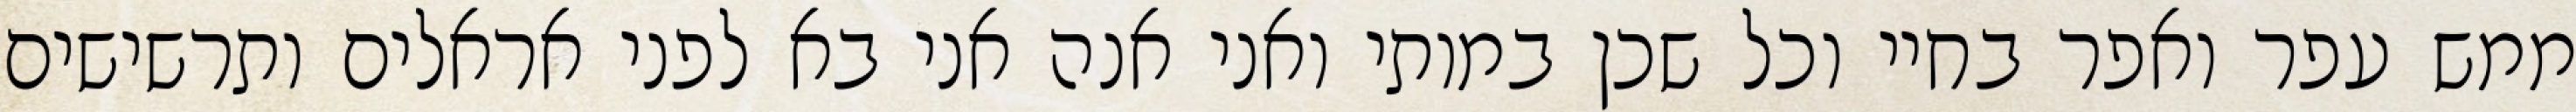
ממש עפר ואפר בחיי וכל שכן במותי ואני אנה אני בא לפני אראלים ותרשישים